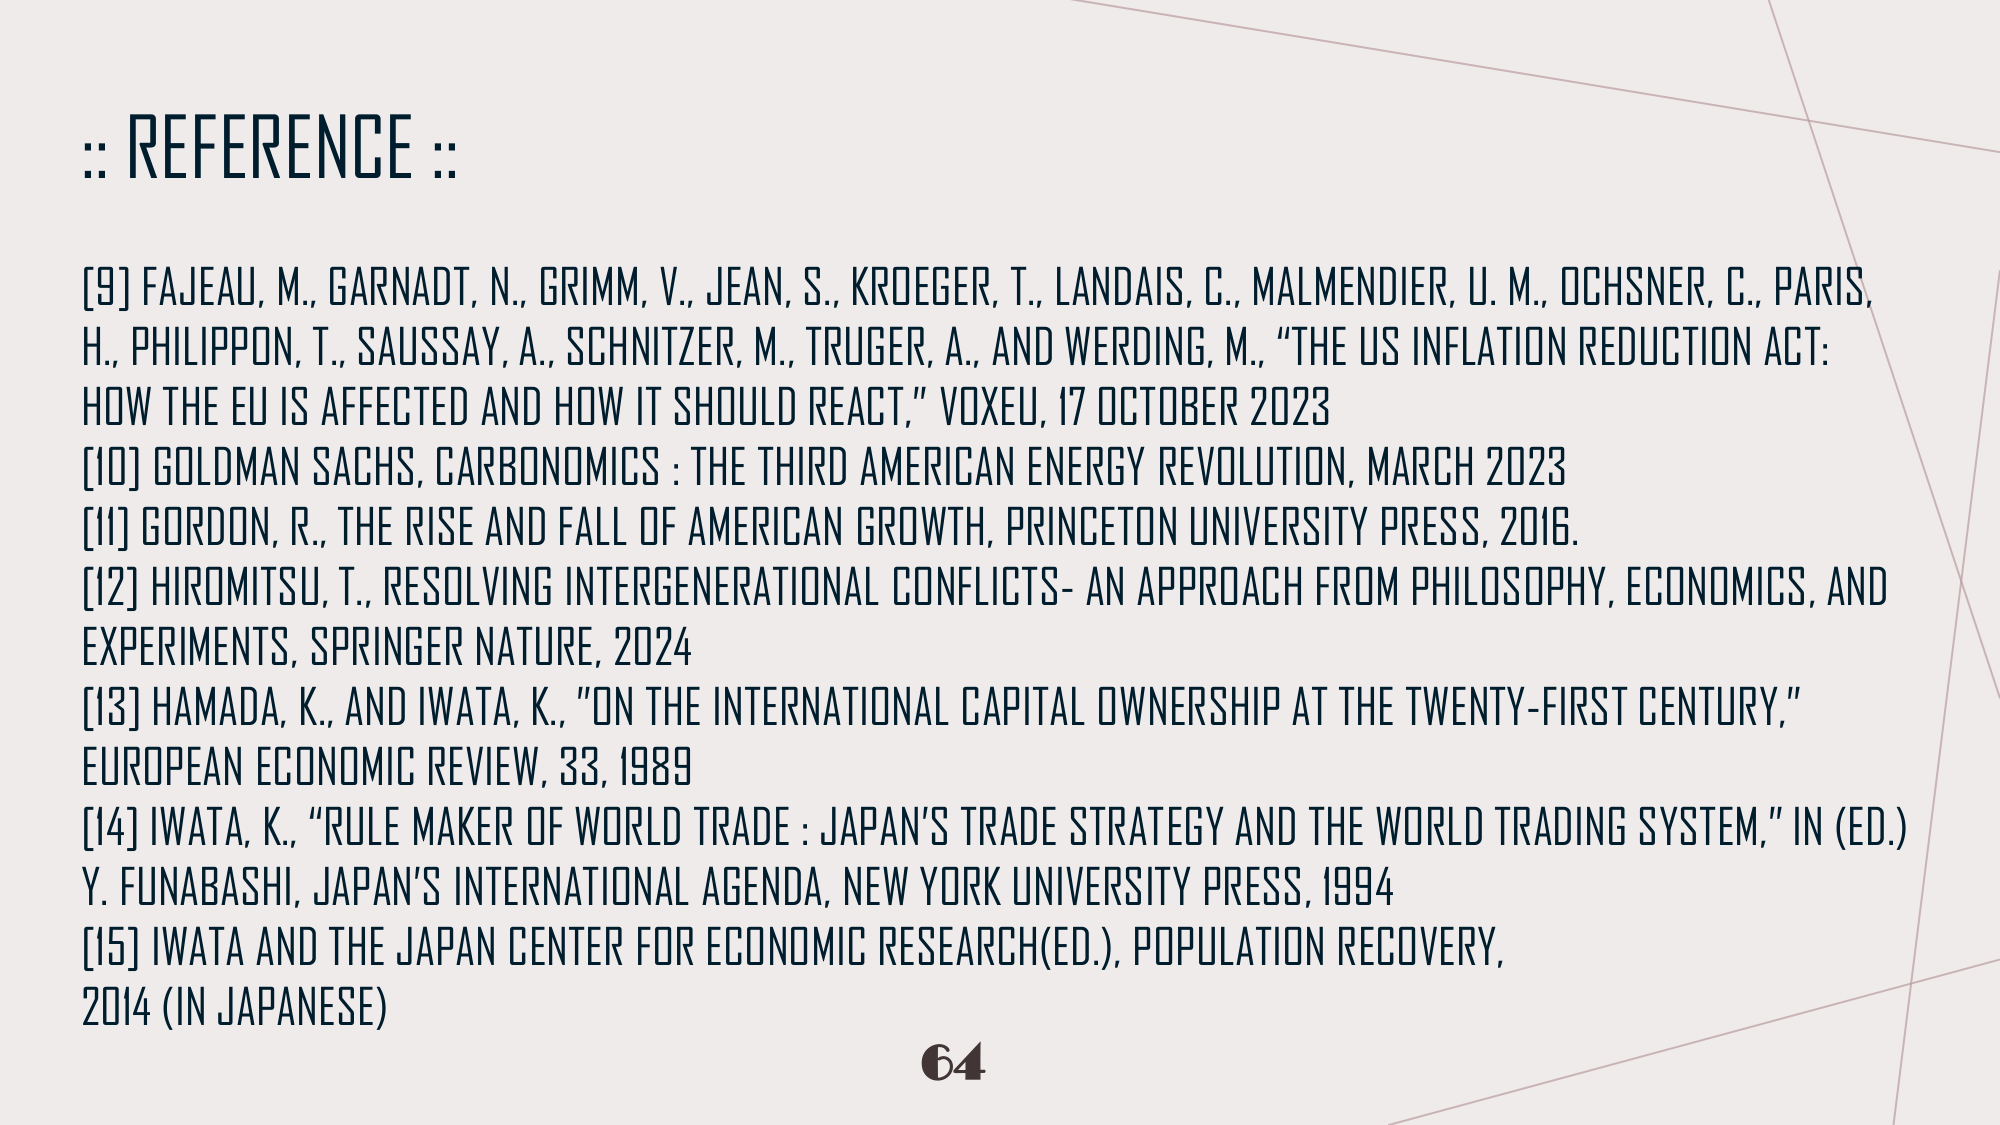
:: REFERENCE ::

[9] FAJEAU, M., GARNADT, N., GRIMM, V., JEAN, S., KROEGER, T., LANDAIS, C., MALMENDIER, U. M., OCHSNER, C., PARIS, H., PHILIPPON, T., SAUSSAY, A., SCHNITZER, M., TRUGER, A., AND WERDING, M., “THE US INFLATION REDUCTION ACT: HOW THE EU IS AFFECTED AND HOW IT SHOULD REACT,” VOXEU, 17 OCTOBER 2023

[10] GOLDMAN SACHS, CARBONOMICS : THE THIRD AMERICAN ENERGY REVOLUTION, MARCH 2023

[11] GORDON, R., THE RISE AND FALL OF AMERICAN GROWTH, PRINCETON UNIVERSITY PRESS, 2016.

[12] HIROMITSU, T., RESOLVING INTERGENERATIONAL CONFLICTS- AN APPROACH FROM PHILOSOPHY, ECONOMICS, AND EXPERIMENTS, SPRINGER NATURE, 2024

[13] HAMADA, K., AND IWATA, K., “ON THE INTERNATIONAL CAPITAL OWNERSHIP AT THE TWENTY-FIRST CENTURY,” EUROPEAN ECONOMIC REVIEW, 33, 1989

[14] IWATA, K., “RULE MAKER OF WORLD TRADE : JAPAN’S TRADE STRATEGY AND THE WORLD TRADING SYSTEM,” IN (ED.) Y. FUNABASHI, JAPAN’S INTERNATIONAL AGENDA, NEW YORK UNIVERSITY PRESS, 1994

[15] IWATA AND THE JAPAN CENTER FOR ECONOMIC RESEARCH(ED.), POPULATION RECOVERY, 2014 (IN JAPANESE)

64